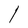
Character: l